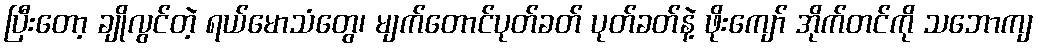
ပြီးတော့ ချိုလွင်တဲ့ ရယ်မောသံတွေ၊ မျက်တောင်ပုတ်ခတ် ပုတ်ခတ်နဲ့ ဖိုးကျော် အိုက်တင်ကို သဘောကျ